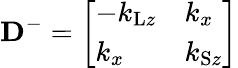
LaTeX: \mathbf{D}^{-}=\left[\begin{array}{ll}{-k_{\mathrm{L}z}}&{k_{x}}\\ {k_{x}}&{k_{\mathrm{S}z}}\end{array}\right]